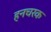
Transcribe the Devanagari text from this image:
हनचरक